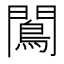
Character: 𨶠